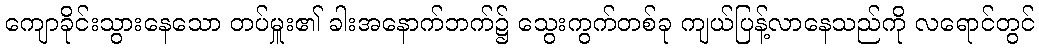
ကျောခိုင်းသွားနေသော တပ်မှူး၏ ခါးအနောက်ဘက်၌ သွေးကွက်တစ်ခု ကျယ်ပြန့်လာနေသည်ကို လရောင်တွင်